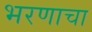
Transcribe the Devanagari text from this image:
भरणाचा